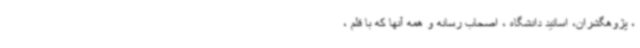
، پژوهگشران، اساتید دانشگاه ، اصحاب رسانه و همه آنها که با قلم ،